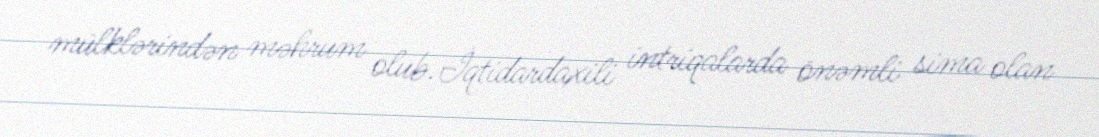
mülklərindən məhrum olub.İqtidardaxili intriqalarda önəmli sima olan